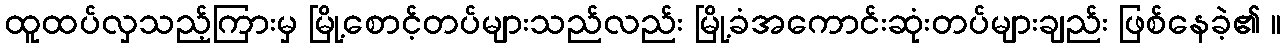
ထူထပ်လှသည့်ကြားမှ မြို့စောင့်တပ်များသည်လည်း မြို့ခံအကောင်းဆုံးတပ်များချည်း ဖြစ်နေခဲ့၏ ။